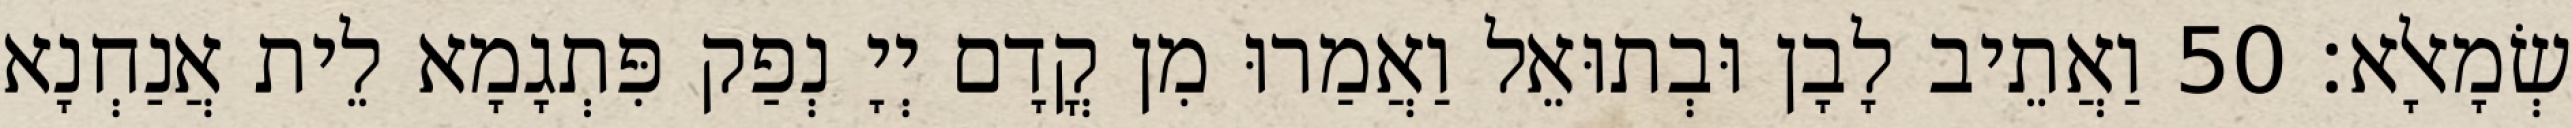
שְׂמָאלָא׃ 50 וַאֲתֵיב לָבָן וּבְתוּאֵל וַאֲמַרוּ מִן קֳדָם יְיָ נְפַק פִּתְגָמָא לֵית אֲנַחְנָא